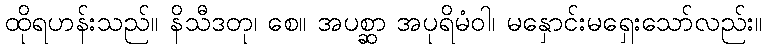
ထိုရဟန်းသည်။ နိသီဒတု၊ စေ။ အပစ္ဆာ အပုရိမံဝါ၊ မနှောင်းမရှေးသော်လည်း။